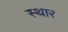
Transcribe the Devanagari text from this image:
स्थार